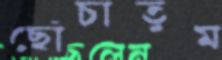
ছোঁচাতুম